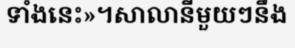
ទាំងនេះ»។សាលានីមួយៗនឹង